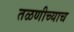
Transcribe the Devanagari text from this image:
तळणीच्याच